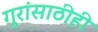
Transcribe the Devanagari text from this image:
गुरांसाठीही